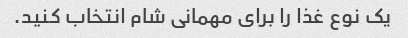
یک نوع غذا را برای مهمانی شام انتخاب کنید.